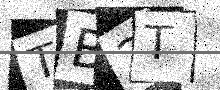
Text: TB2T